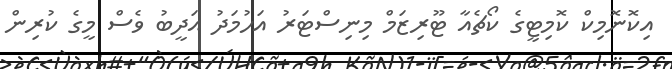
އިކޮނޮމިކް ކޮމިޓީގެ ކޯޗެއާ ޓޫރިޒަމް މިނިސްޓަރު އަހުމަދު އަދީބު ވެސް މީގެ ކުރިން